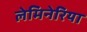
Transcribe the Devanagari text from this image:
लेमिनेरिया